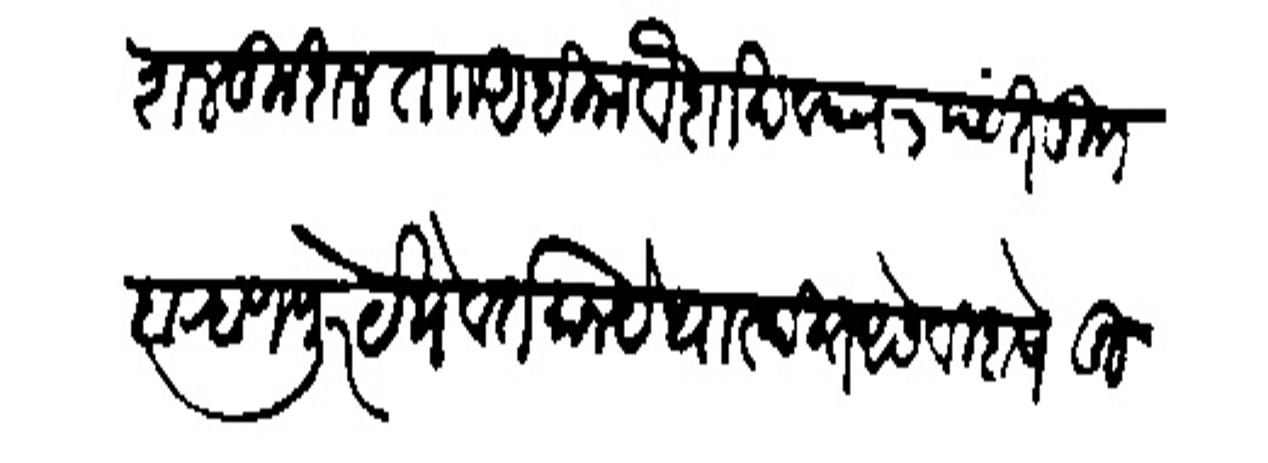
Transliteration (Devanagari): कुशल कुश्ल ता अधिक वैशाख वद्य ३ पर्यंत मुाा बऱ्हाणपूर येथे वर्तंमान येथास्थित असे विशेष